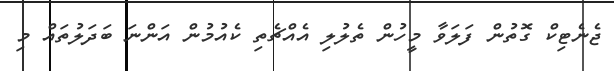
ޖެނެޓިކް ގޮތުން ފަލަވާ މީހުން ތެލުލި އެއްޗެތި ކެއުމުން އަންނަ ބަދަލުތައް މި